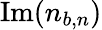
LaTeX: \mathrm{Im}(n_{b,n})